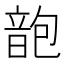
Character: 𩐜